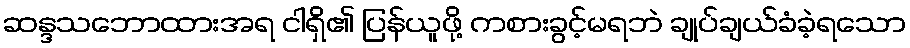
ဆန္ဒသဘောထားအရ ငါရှိ၏ ပြန်ယူဖို့ ကစားခွင့်မရဘဲ ချုပ်ချယ်ခံခဲ့ရသော